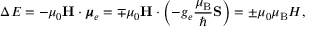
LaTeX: \Delta E = - \mu _ { 0 } \mathbf { H } \cdot { \boldsymbol { \mu } } _ { e } = \mp \mu _ { 0 } \mathbf { H } \cdot \left( - g _ { e } { \frac { \mu _ { \mathrm { B } } } { \hbar } } \mathbf { S } \right) = \pm \mu _ { 0 } \mu _ { \mathrm { B } } H ,